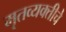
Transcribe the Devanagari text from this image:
मृतव्यक्तीचे